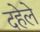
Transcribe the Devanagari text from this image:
दहेले